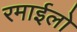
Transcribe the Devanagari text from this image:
रमाईलो